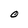
Character: 0